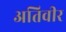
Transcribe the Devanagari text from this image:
अतिवीर